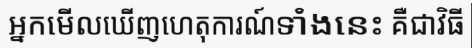
អ្នកមើលឃើញហេតុការណ៍ទាំងនេះ គឺជាវិធី